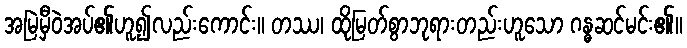
အမြဲမှီဝဲအပ်၏ဟူ၍လည်းကောင်း။ တဿ၊ ထိုမြတ်စွာဘုရားတည်းဟူသော ဂန္ဓဆင်မင်း၏။